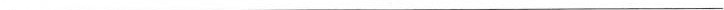
___